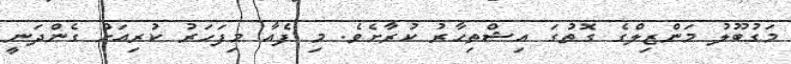
މަގުބޫލު މަންޒިލްގެ ގޮތުގަ އިޝްތިހާރު ކުރާށެވެ. މި ފެއާ މިފަހަރު ކުރިއަށް ގެންދަނީ